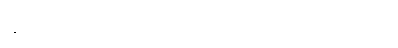
(ပေ-၃၁၀) ဝါ၊ ဤမြေအပြင်၌။ ခိဏယမေတိ၊ သို့ဖြင့်။